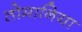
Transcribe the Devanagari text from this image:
तोमानिया